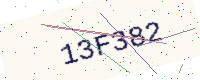
Text: 13F382